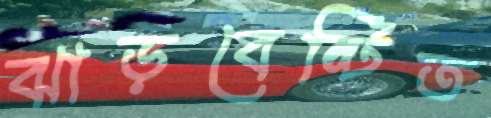
ঝাড়বেষ্টিত